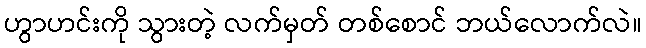
ဟွာဟင်းကို သွားတဲ့ လက်မှတ် တစ်စောင် ဘယ်လောက်လဲ။